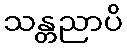
သန္တညာပိ